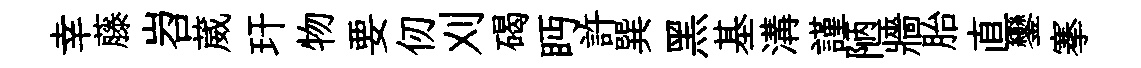
幸藤岧葳玕物要仞刈碣眄許巽黑基溝謹陋牆胎直鑾搴